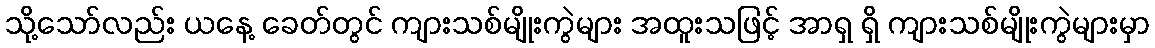
သို့သော်လည်း ယနေ့ ခေတ်တွင် ကျားသစ်မျိုးကွဲများ အထူးသဖြင့် အာရှ ရှိ ကျားသစ်မျိုးကွဲများမှာ